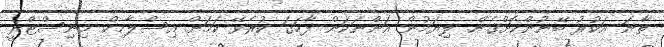
ތާނަ އަކުރު ބޭނުންކޮށްގެން ލިޔަމުން އަންނަކަން ފާހަގަ ކުރެވޭ ކަމަށް އިސްލާމިކް މިނިސްޓްރީ